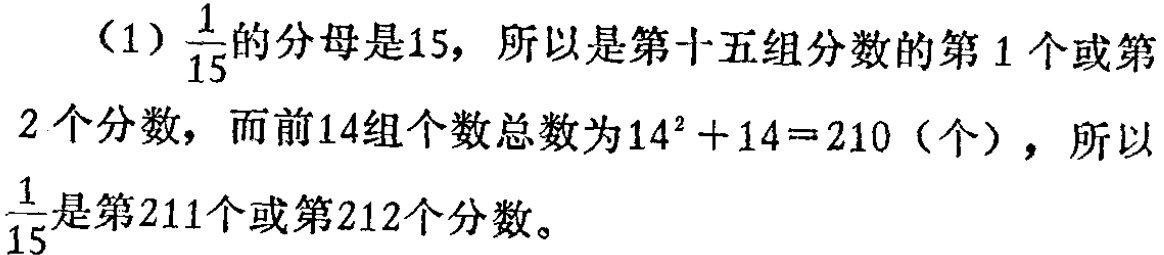
（1）$\frac{1}{15}$的分母是15，所以是第十五组分数的第1个或第

2个分数，而前14组个数总数为$14^{2}+14 = 210$（个），所以

$\frac{1}{15}$是第211个或第212个分数。